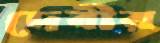
দেবীর